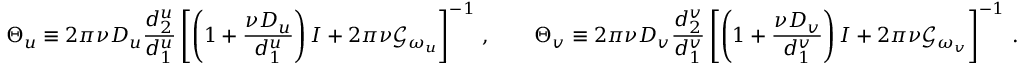
\Theta _ { u } \equiv 2 \pi \nu D _ { u } \frac { d _ { 2 } ^ { u } } { d _ { 1 } ^ { u } } \left[ \left( 1 + \frac { \nu D _ { u } } { d _ { 1 } ^ { u } } \right) I + 2 \pi \nu \mathcal { G } _ { \omega _ { u } } \right] ^ { - 1 } \, , \qquad \Theta _ { v } \equiv 2 \pi \nu D _ { v } \frac { d _ { 2 } ^ { v } } { d _ { 1 } ^ { v } } \left[ \left( 1 + \frac { \nu D _ { v } } { d _ { 1 } ^ { v } } \right) I + 2 \pi \nu \mathcal { G } _ { \omega _ { v } } \right] ^ { - 1 } \, .